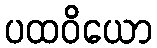
ပထဝိယော